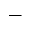
-